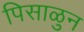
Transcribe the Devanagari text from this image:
पिसाळुन